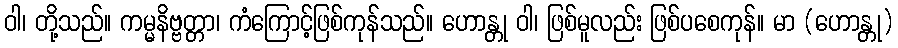
ဝါ၊ တို့သည်။ ကမ္မနိဗ္ဗတ္တာ၊ ကံကြောင့်ဖြစ်ကုန်သည်။ ဟောန္တု ဝါ၊ ဖြစ်မူလည်း ဖြစ်ပစေကုန်။ မာ (ဟောန္တု)